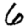
Digit: 6